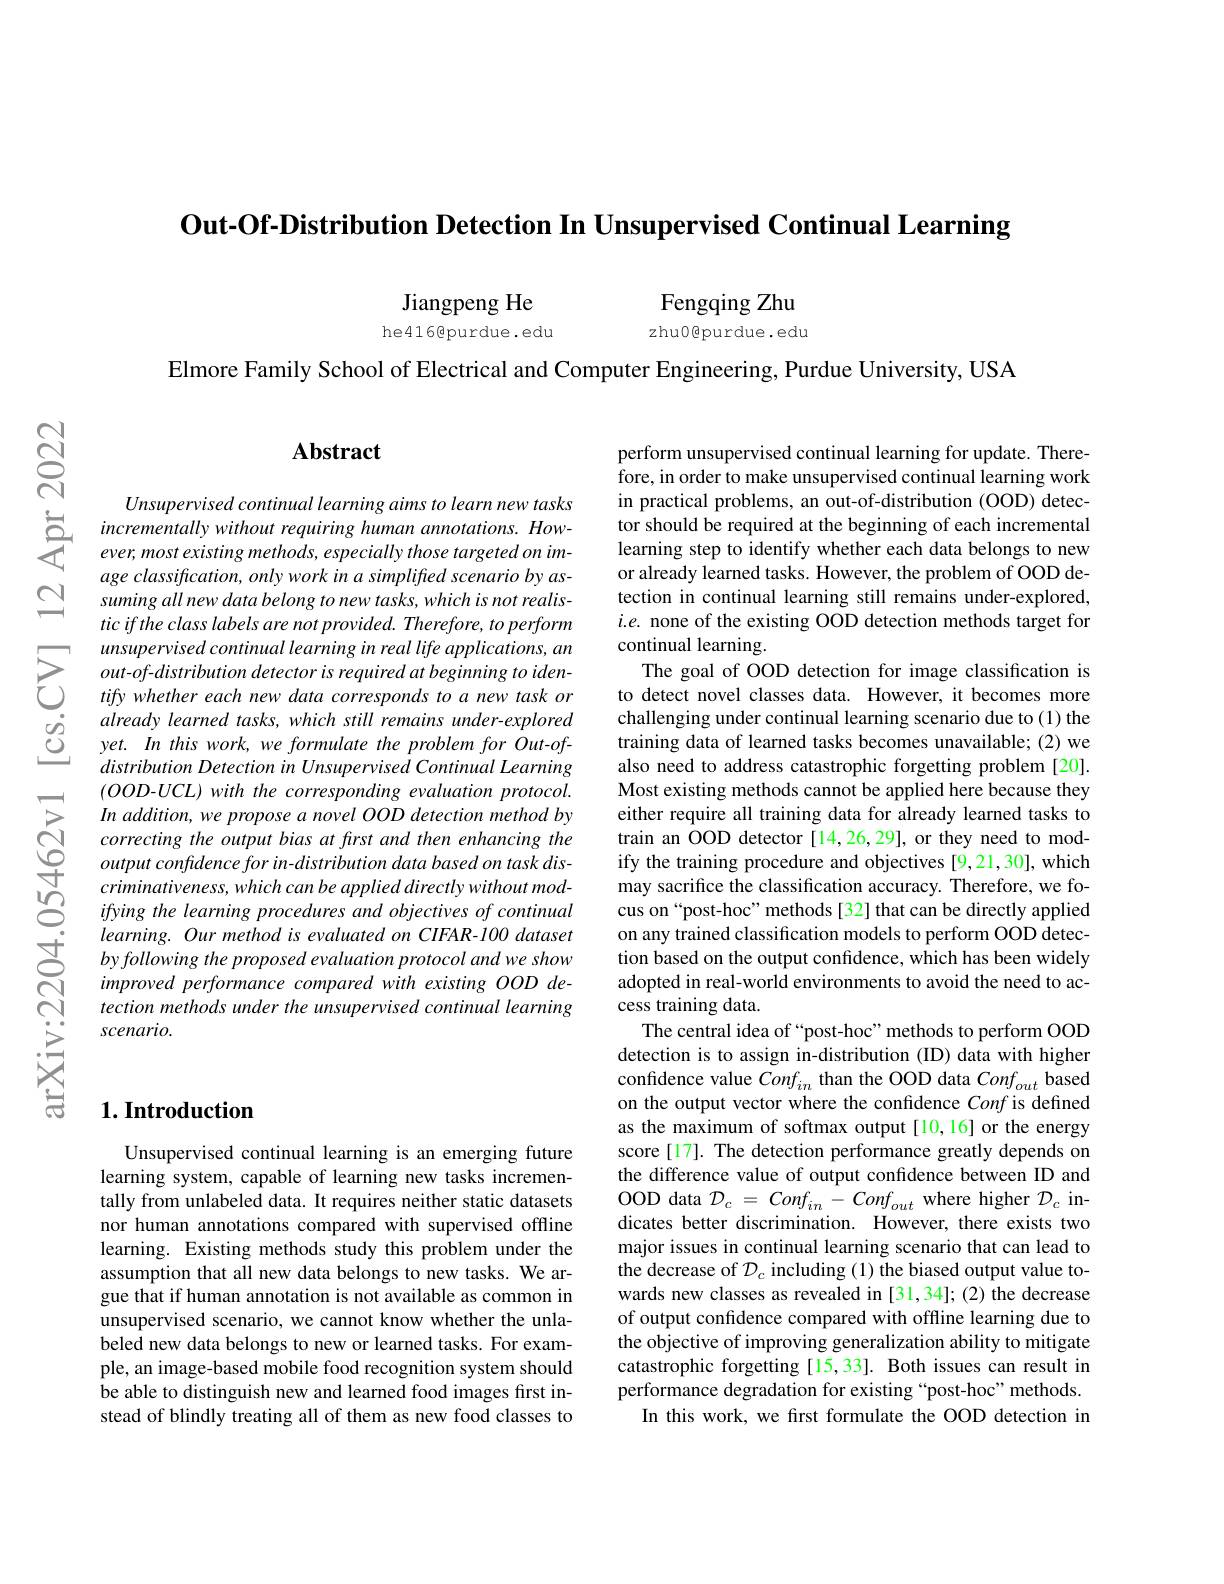
Out-Of-Distribution Detection In Unsupervised Continual Learning
$$\text{Jiangpeng He}\text{Fengqing Zhu}\\\text{he416@purdue.edu}\text{zhu0@purdue.edu}$$
Elmore Family School of Electrical and Computer Engineering, Purdue University, USA

$ଟ୍ରି$

## $\mathbf{Abstract}$

Unsupervised continual learning aims to learn new tasks
incrementally without requiring human annotations. How- ever, most existing methods, especially those targeted on im-
age classification, only work in a simplified scenario by assuming all new data belong to new tasks, which is not realistic if the class labels are not provided. Therefore, to perform
$\sum_{\begin{array}{cc}\text{unsupervised continual learning in real life applications, an}\\\text{out-of-distribution detector is required at beginning to iden-}\\\text{tify whether each new data corresponds to a new task or}\end{array}}$ $\begin{array}{lllllllllllll}&already&learned&tasks,&which&s\end{array}$
(OOD-UCL) with the corresponding evaluation protocol. In addition, we propose a novel OOD detection method by correcting the output bias at first and then enhancing the output confidence for in- distribution data based on task discriminativeness, which can be applied directly without modifying the learning procedures and objectives of continual learning. Our method is evaluated on CIFAR-100 dataset by following the proposed evaluation protocol and we show improved performance compared with existing OOD detection methods under the unsupervised continual learning scenario.

perform unsupervised continual learning for update. Therefore, in order to make unsupervised continual learning work in practical problems, an out-of-distribution (OOD) detector should be required at the beginning of each incremental learning step to identify whether each data belongs to new or already learned tasks. However, the problem of OOD detection in continual learning still remains under-explored, $i.e.$ none of the existing OOD detection methods target for continual learning
The goal of OOD detection for image classification is to detect novel classes data. However, it becomes more challenging under continual learning scenario due to (1) the training data of learned tasks becomes unavailable; (2) we also need to address catastrophic forgetting problem [20]. Most existing methods cannot be applied here because they either require all training data for already learned tasks to train an OOD detector [14,26,29], or they need to modify the training procedure and objectives [9,21,30], which may sacrifice the classification accuracy. Therefore, we focus on“post-hoc” methods[32] that can be directly applied on any trained classification models to perform OOD detection based on the output confidence, which has been widely adopted in real-world environments to avoid the need to access training data.
The central idea of “post-hoc”methods to perform OOD detection is to assign in-distribution (ID) data with higher confidence value $Conf_{in}$ than the OOD data $Conf_out$ based on the output vector where the confidence Conf is defined as the maximum of softmax output [10,16] or the energy score [17]. The detection performance greatly depends on the difference value of output confidence between ID and OOD data $\mathcal{D}_c=Conf_{in}-Conf_{out}$ where higher $\mathcal{D}_c$ indicates better discrimination. However, there exists two major issues in continual learning scenario that can lead to the decrease of $\mathcal{D}_c$ including (1) the biased output value towards new classes as revealed in [31,34]; (2) the decrease of output confidence compared with offline learning due to the objective of improving generalization ability to mitigate catastrophic forgetting [15,33]. Both issues can result in performance degradation for existing “post-hoc”methods.
In this work, we frst formulate the OOD detection in

### $1. \textbf{Introduction}$

Unsupervised continual learning is an emerging future learning system, capable of learning new tasks incrementally from unlabeled data. It requires neither static datasets nor human annotations compared with supervised offline learning. Existing methods study this problem under the assumption that all new data belongs to new tasks. We argue that if human annotation is not available as common in unsupervised scenario, we cannot know whether the unlabeled new data belongs to new or learned tasks. For example, an image-based mobile food recognition system should be able to distinguish new and learned food images first instead of blindly treating all of them as new food classes to